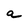
Character: a